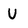
Character: U